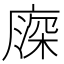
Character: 𢊖